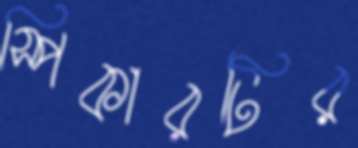
স্পিকারটির